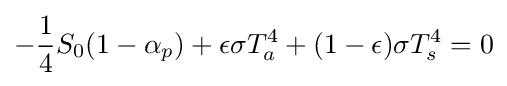
-{\frac {1}{4}}S_{0}(1-\alpha _{p})+\epsilon \sigma T_{a}^{4}+(1-\epsilon )\sigma T_{s}^{4}=0